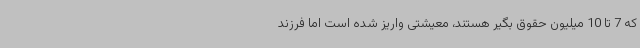
که 7 تا 10 میلیون حقوق بگیر هستند، معیشتی واریز شده است اما فرزند